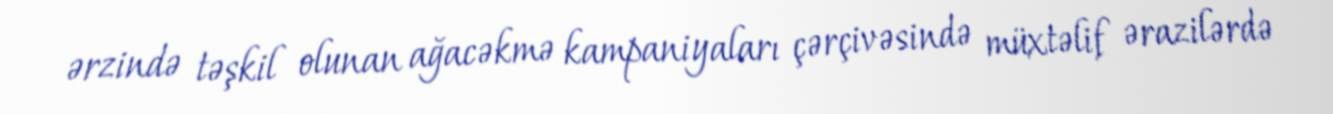
ərzində təşkil olunan ağacəkmə kampaniyaları çərçivəsində müxtəlif ərazilərdə